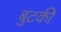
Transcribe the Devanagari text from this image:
बुटकी